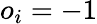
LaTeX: o_{i}=-1